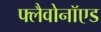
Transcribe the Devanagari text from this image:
फ्लैवोनॉएड